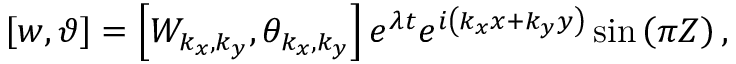
\left[ w , \vartheta \right] = \left[ W _ { k _ { x } , k _ { y } } , \theta _ { k _ { x } , k _ { y } } \right] e ^ { \lambda t } e ^ { i \left( k _ { x } x + k _ { y } y \right) } \sin \left( \pi Z \right) ,